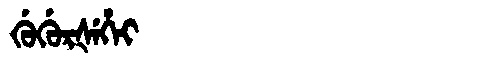
Manchu: ᡤᡠᡤᡠᡵᡧᡝᡥᡝᡳ
Romanization: GUGURŠEHEI